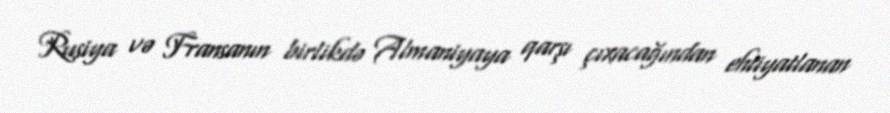
Rusiya və Fransanın birlikdə Almaniyaya qarşı çıxacağından ehtiyatlanan